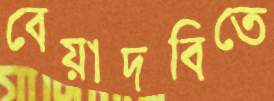
বেয়াদবিতে